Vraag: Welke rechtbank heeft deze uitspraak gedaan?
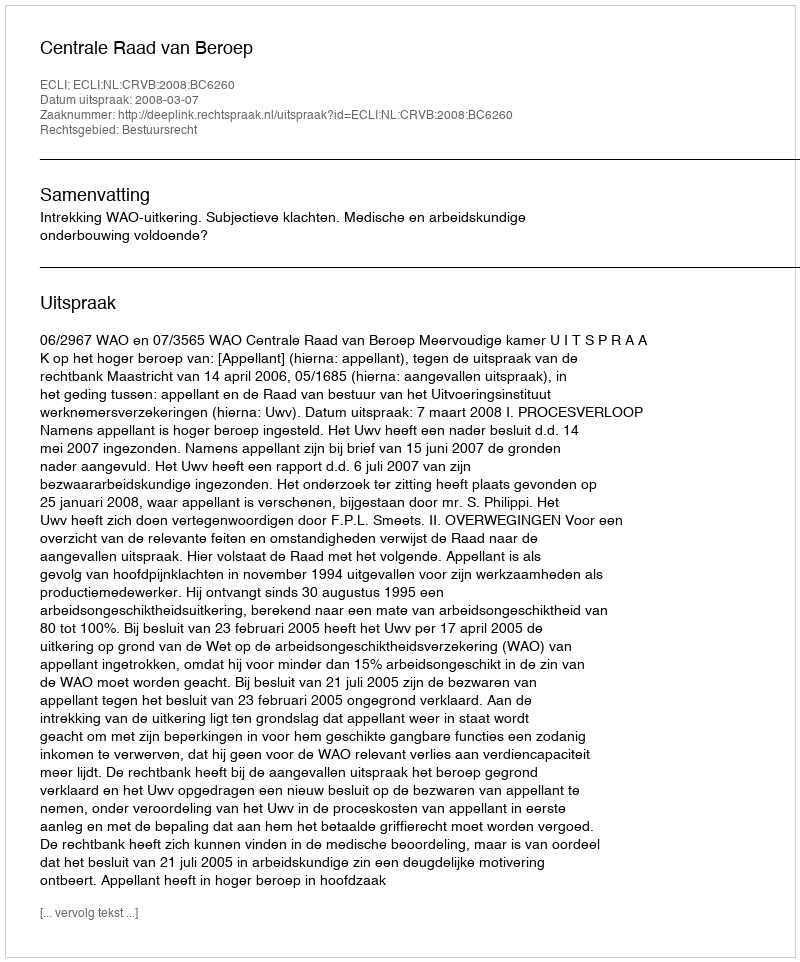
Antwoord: Centrale Raad van Beroep